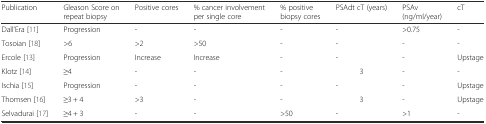
<table><thead><tr><td><b>Publication</b></td><td><b>Gleason Score on repeat biopsy</b></td><td><b>Positive cores</b></td><td><b>% cancer involvement per single core</b></td><td><b>% positive biopsy cores</b></td><td><b>PSAdt cT (years)</b></td><td><b>PSAv (ng/ml/year)</b></td><td><b>cT</b></td></tr></thead><tbody><tr><td>Dall’Era [11]</td><td>Progression</td><td>-</td><td>-</td><td>-</td><td>-</td><td>&gt;0.75</td><td>-</td></tr><tr><td>Tosoian [18]</td><td>&gt;6</td><td>&gt;2</td><td>&gt;50</td><td>-</td><td>-</td><td>-</td><td>-</td></tr><tr><td>Ercole [13]</td><td>Progression</td><td>Increase</td><td>Increase</td><td>-</td><td>-</td><td>-</td><td>Upstage</td></tr><tr><td>Klotz [14]</td><td>≥4</td><td>-</td><td>-</td><td>-</td><td>3</td><td>-</td><td>-</td></tr><tr><td>Ischia [15]</td><td>Progression</td><td>-</td><td>-</td><td>-</td><td>-</td><td>-</td><td>Upstage</td></tr><tr><td>Thomsen [16]</td><td>≥3 + 4</td><td>&gt;3</td><td>-</td><td>-</td><td>3</td><td>-</td><td>Upstage</td></tr><tr><td>Selvadurai [17]</td><td>≥4 + 3</td><td>-</td><td>-</td><td>&gt;50</td><td>-</td><td>&gt;1</td><td>-</td></tr></tbody></table>